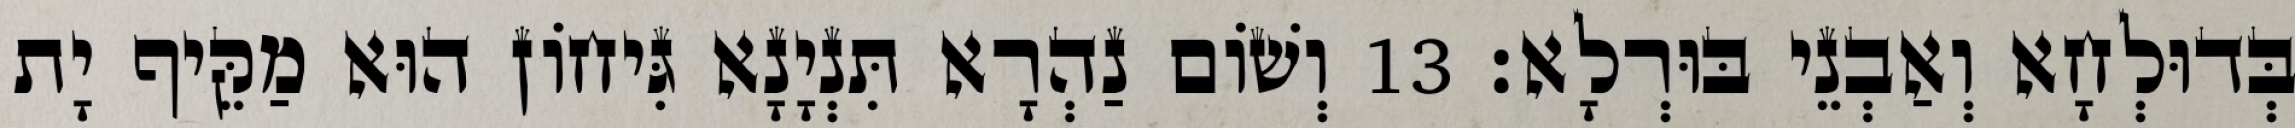
בְּדוּלְחָא וְאַבְנֵי בּוּרְלָא׃ 13 וְשׁוֹם נַהְרָא תִּנְיָנָא גִּיחוֹן הוּא מַקֵּיף יָת